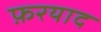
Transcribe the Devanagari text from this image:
फ़रयाद